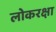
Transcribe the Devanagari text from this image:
लोकरक्षा